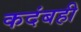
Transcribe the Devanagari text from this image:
कदंबही